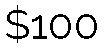
$100